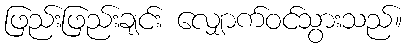
ဖြည်းဖြည်းချင်း လျှောက်ဝင်သွားသည်။